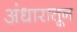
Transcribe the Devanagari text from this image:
अंधारातून